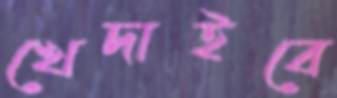
খেদাইবে